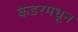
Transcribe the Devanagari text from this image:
केडरमधून